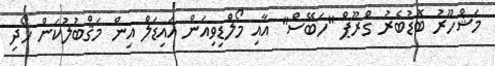
މަޝްހޫރު ބޮޑުބެރު ގްރޫޕް "ހަބޭސް" އާއި މޯލްޑިވިއަން އައިޑަލް އިން މަޤްބުލުކަން ހޯދި